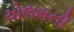
ચોલમની